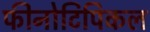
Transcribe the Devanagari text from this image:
फीनोटिपिकल